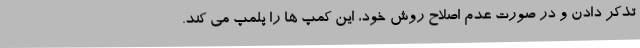
تذکر دادن و در صورت عدم اصلاح روش خود، این کمپ ها را پلمپ می کند.